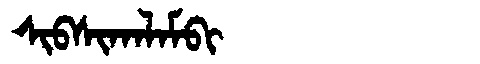
Manchu: ᠰᡳᠪᠰᡳᡴᠠᠯᠠᠮᠪᡳ
Romanization: SIBSIKALAMBI